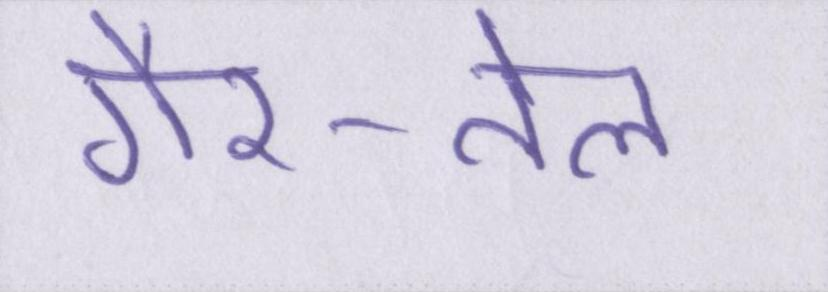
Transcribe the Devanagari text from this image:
गैर-तेल